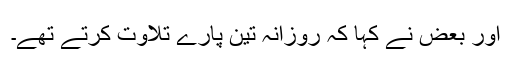
اور بعض نے کہا کہ روزانہ تین پارے تلاوت کرتے تھے۔